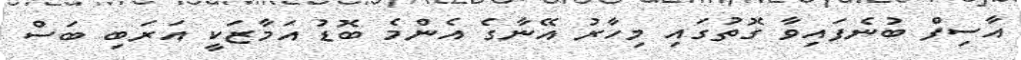
އާސިފް ބުނެފައިވާ ގޮތުގައި މިހާރު އޭނާގެ އެންމެ ބޮޑު އަމާޒަކީ އަރަބި ބަސް